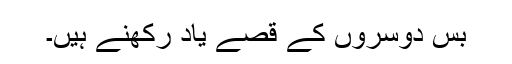
بس دوسروں کے قصے یاد رکھنے ہیں۔